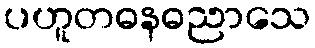
ပဟူတဓနဓညာသေ